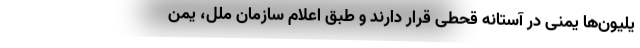
یلیون‌ها یمنی در آستانه قحطی قرار دارند و طبق اعلام سازمان ملل، یمن